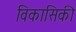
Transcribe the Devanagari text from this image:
विकासिकी